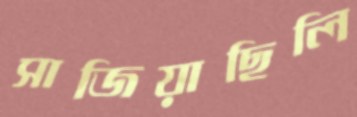
সাজিয়াছিলি